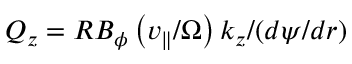
Q _ { z } = R B _ { \phi } \left( v _ { \| } / \Omega \right) k _ { z } / ( d \psi / d r )